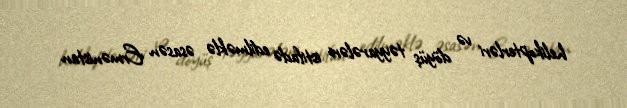
helikopterləri və döyüş təyyarələri istifadə edilməklə əsasən Ermənistan